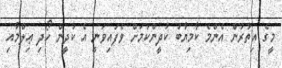
މީގެ އިތުރުން އެންމެ ކާމިޔާބު ކުދީންކަމަށް ވެފައިވަނީ އެ ކުދީން ހޯދި ޢިލްމާއި